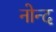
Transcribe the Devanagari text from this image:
नोन्द